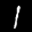
Label: 1